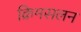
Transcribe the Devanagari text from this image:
क्रिमसलन